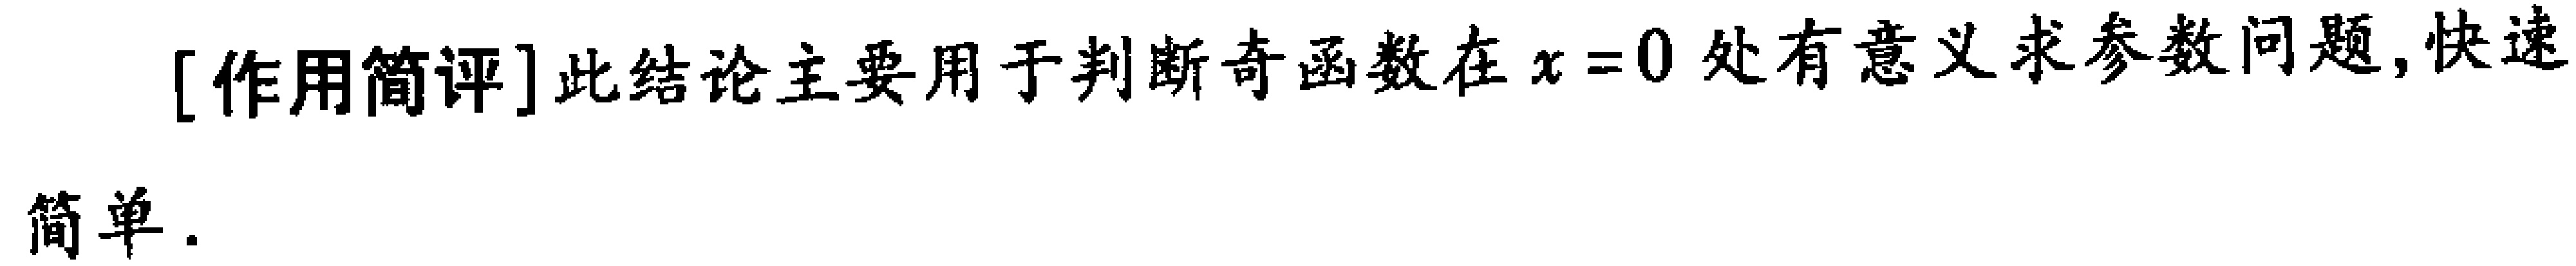
[作用简评]此结论主要用于判断奇函数在\(x = 0\)处有意义求参数问题, 快速简单.